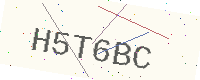
Text: H5T6BC